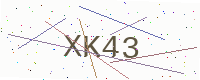
Text: XK43